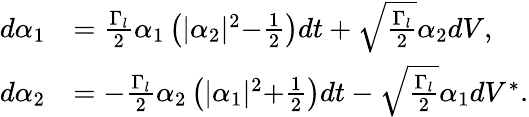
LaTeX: \begin{array}{rl}{d\alpha_{1}}&{=\frac{\Gamma_{l}}{2}\alpha_{1}\left(\lvert\alpha_{2}\lvert^{2}-\frac{1}{2}\right)dt+\sqrt{\frac{\Gamma_{l}}{2}}\alpha_{2}dV,}\\ {d\alpha_{2}}&{=-\frac{\Gamma_{l}}{2}\alpha_{2}\left(\lvert\alpha_{1}\lvert^{2}+\frac{1}{2}\right)dt-\sqrt{\frac{\Gamma_{l}}{2}}\alpha_{1}dV^{*}.}\end{array}